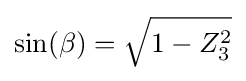
\sin(\beta )={\sqrt {1-Z_{3}^{2}}}